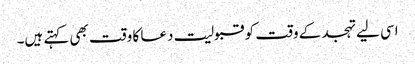
اسی لیے تہجد کے وقت کو قبولیت دعا کا وقت بھی کہتے ہیں۔